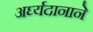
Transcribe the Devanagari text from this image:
अर्घ्यदानाने